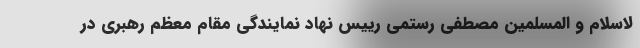
لاسلام و المسلمین مصطفی رستمی رییس نهاد نمایندگی مقام معظم رهبری در